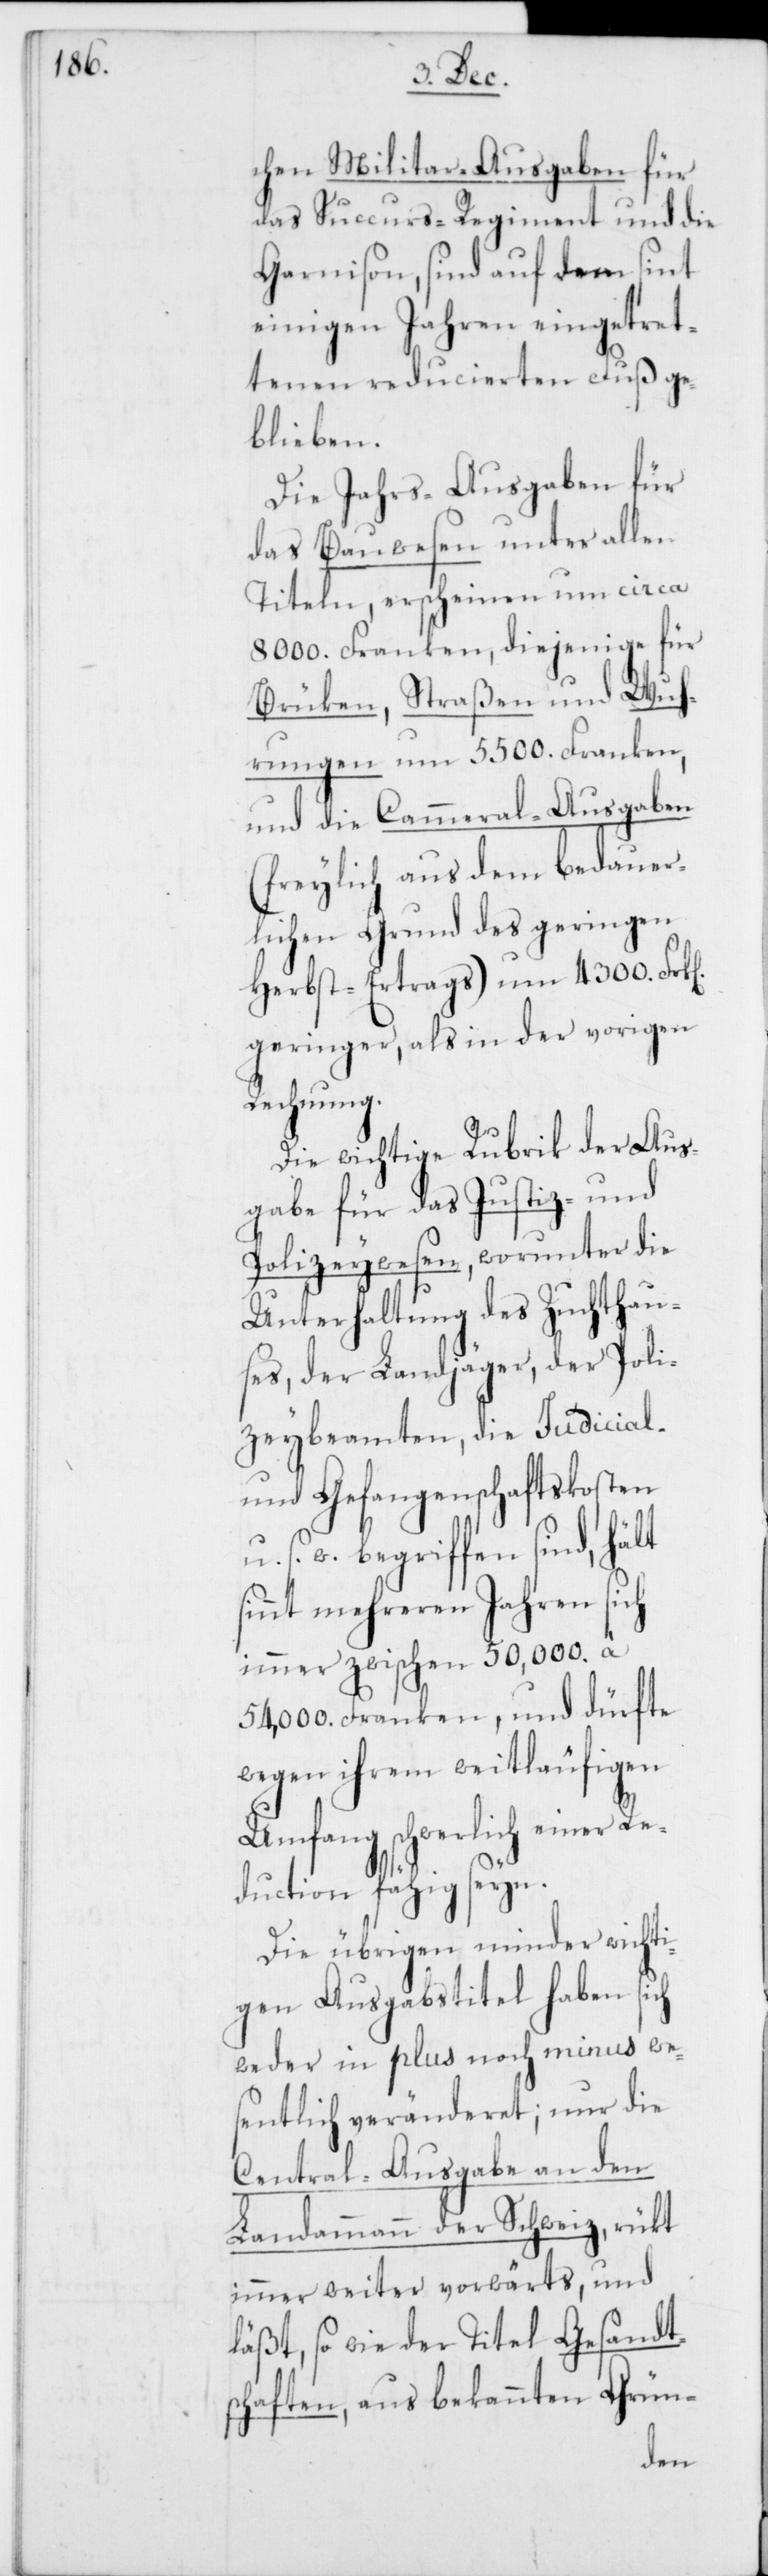
n].

chen Militar-Ausgaben für
das Succurs-Regiment und die
Garnison, sind auf dem sint
einigen Jahren eingetret¬
tenen reducierten Fuß ge¬
blieben.
Die Jahrs-Ausgaben für
das Bauwesen unter allen
Titeln, erscheinen um circa
8000. Franken, diejenige für
Brüken, Straßen und Wuh¬
rungen um 5500. Franken,
und die Cammeral-Ausgaben
(freylich aus dem bedaur¬
lichen Grund des geringen
Herbst-Ertrags) um 4300. Frk[e¬
geringer, als in der vorigen
Rechnung.
Die wichtige Rubrik der Aus¬
gabe für das Justiz- und
Polizeywesen, worunter die
Unterhaltung des Zuchthau¬
ses, der Landjäger, der Poli¬
zeybeamten, die Judicial-
und Gefangenschaftskosten
u. s. w. begriffen sind, hält
sinnt mehreren Jahren sich
immer zwischen 50,000. à
54,000. Franken, und dürfte
wegen ihrem weitläufigen
Umfang schwerlich einer Re¬
duction fähig seyn.
Die übrigen minder wichti¬
gen Ausgabstitel haben sich
weder in plus noch minus we¬
sentlich veränderet; nur die
Central-Ausgabe an den
Landammann der Schweiz, rükt
immer weiter vorwärts, und
läßt, so wie der Titel Gesandts¬
chaften, aus bekannten Grün-